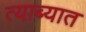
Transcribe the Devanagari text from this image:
त्याब्यात